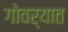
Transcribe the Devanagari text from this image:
गोवर्यात